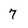
Character: 7